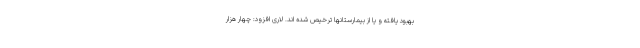
بهبود یافته و یا از بیمارستانها ترخیص شده اند. لاری افزود: چهار هزار